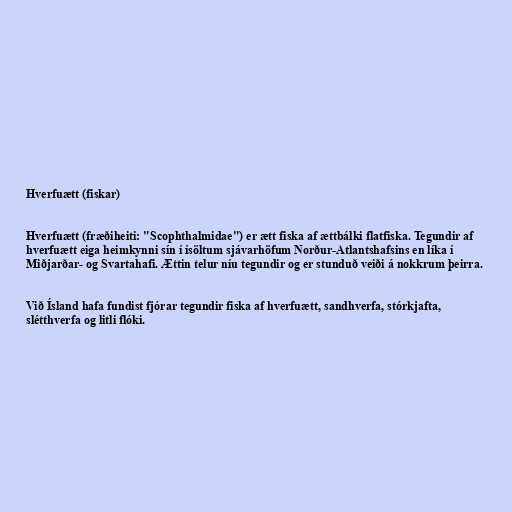
Hverfuætt (fiskar)

Hverfuætt (fræðiheiti: "Scophthalmidae") er ætt fiska af ættbálki flatfiska. Tegundir af
hverfuætt eiga heimkynni sín í ísöltum sjávarhöfum Norður-Atlantshafsins en líka í
Miðjarðar- og Svartahafi. Ættin telur níu tegundir og er stunduð veiði á nokkrum þeirra.

Við Ísland hafa fundist fjórar tegundir fiska af hverfuætt, sandhverfa, stórkjafta,
slétthverfa og litli flóki.